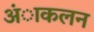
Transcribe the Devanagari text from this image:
अंाकलन